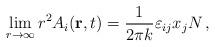
LaTeX: \begin{align*}\lim_{r\to \infty}r^{2}A_{i}({\bf r},t)={\frac {1} {2\pi k}}\varepsilon_{ij}x_{j}N \, ,\end{align*}